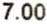
7.00